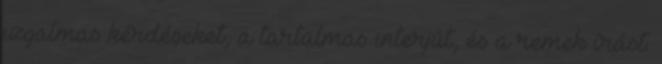
izgalmas kérdéseket, a tartalmas interjút, és a remek írást.